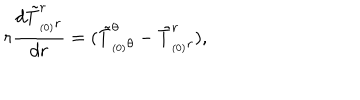
r \frac { d \tilde { T } _ { _ { ( 0 ) } r } ^ { r } } { d r } = ( \tilde { T } _ { _ { ( 0 ) } \theta } ^ { \theta } - \tilde { T } _ { _ { ( 0 ) } r } ^ { r } ) ,